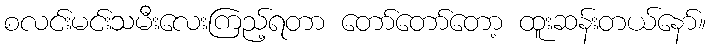
စလင်းမင်းသမီးလေးကြည့်ရတာ တော်တော်တော့ ထူးဆန်းတယ်နော်။